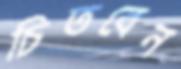
চিতবেন